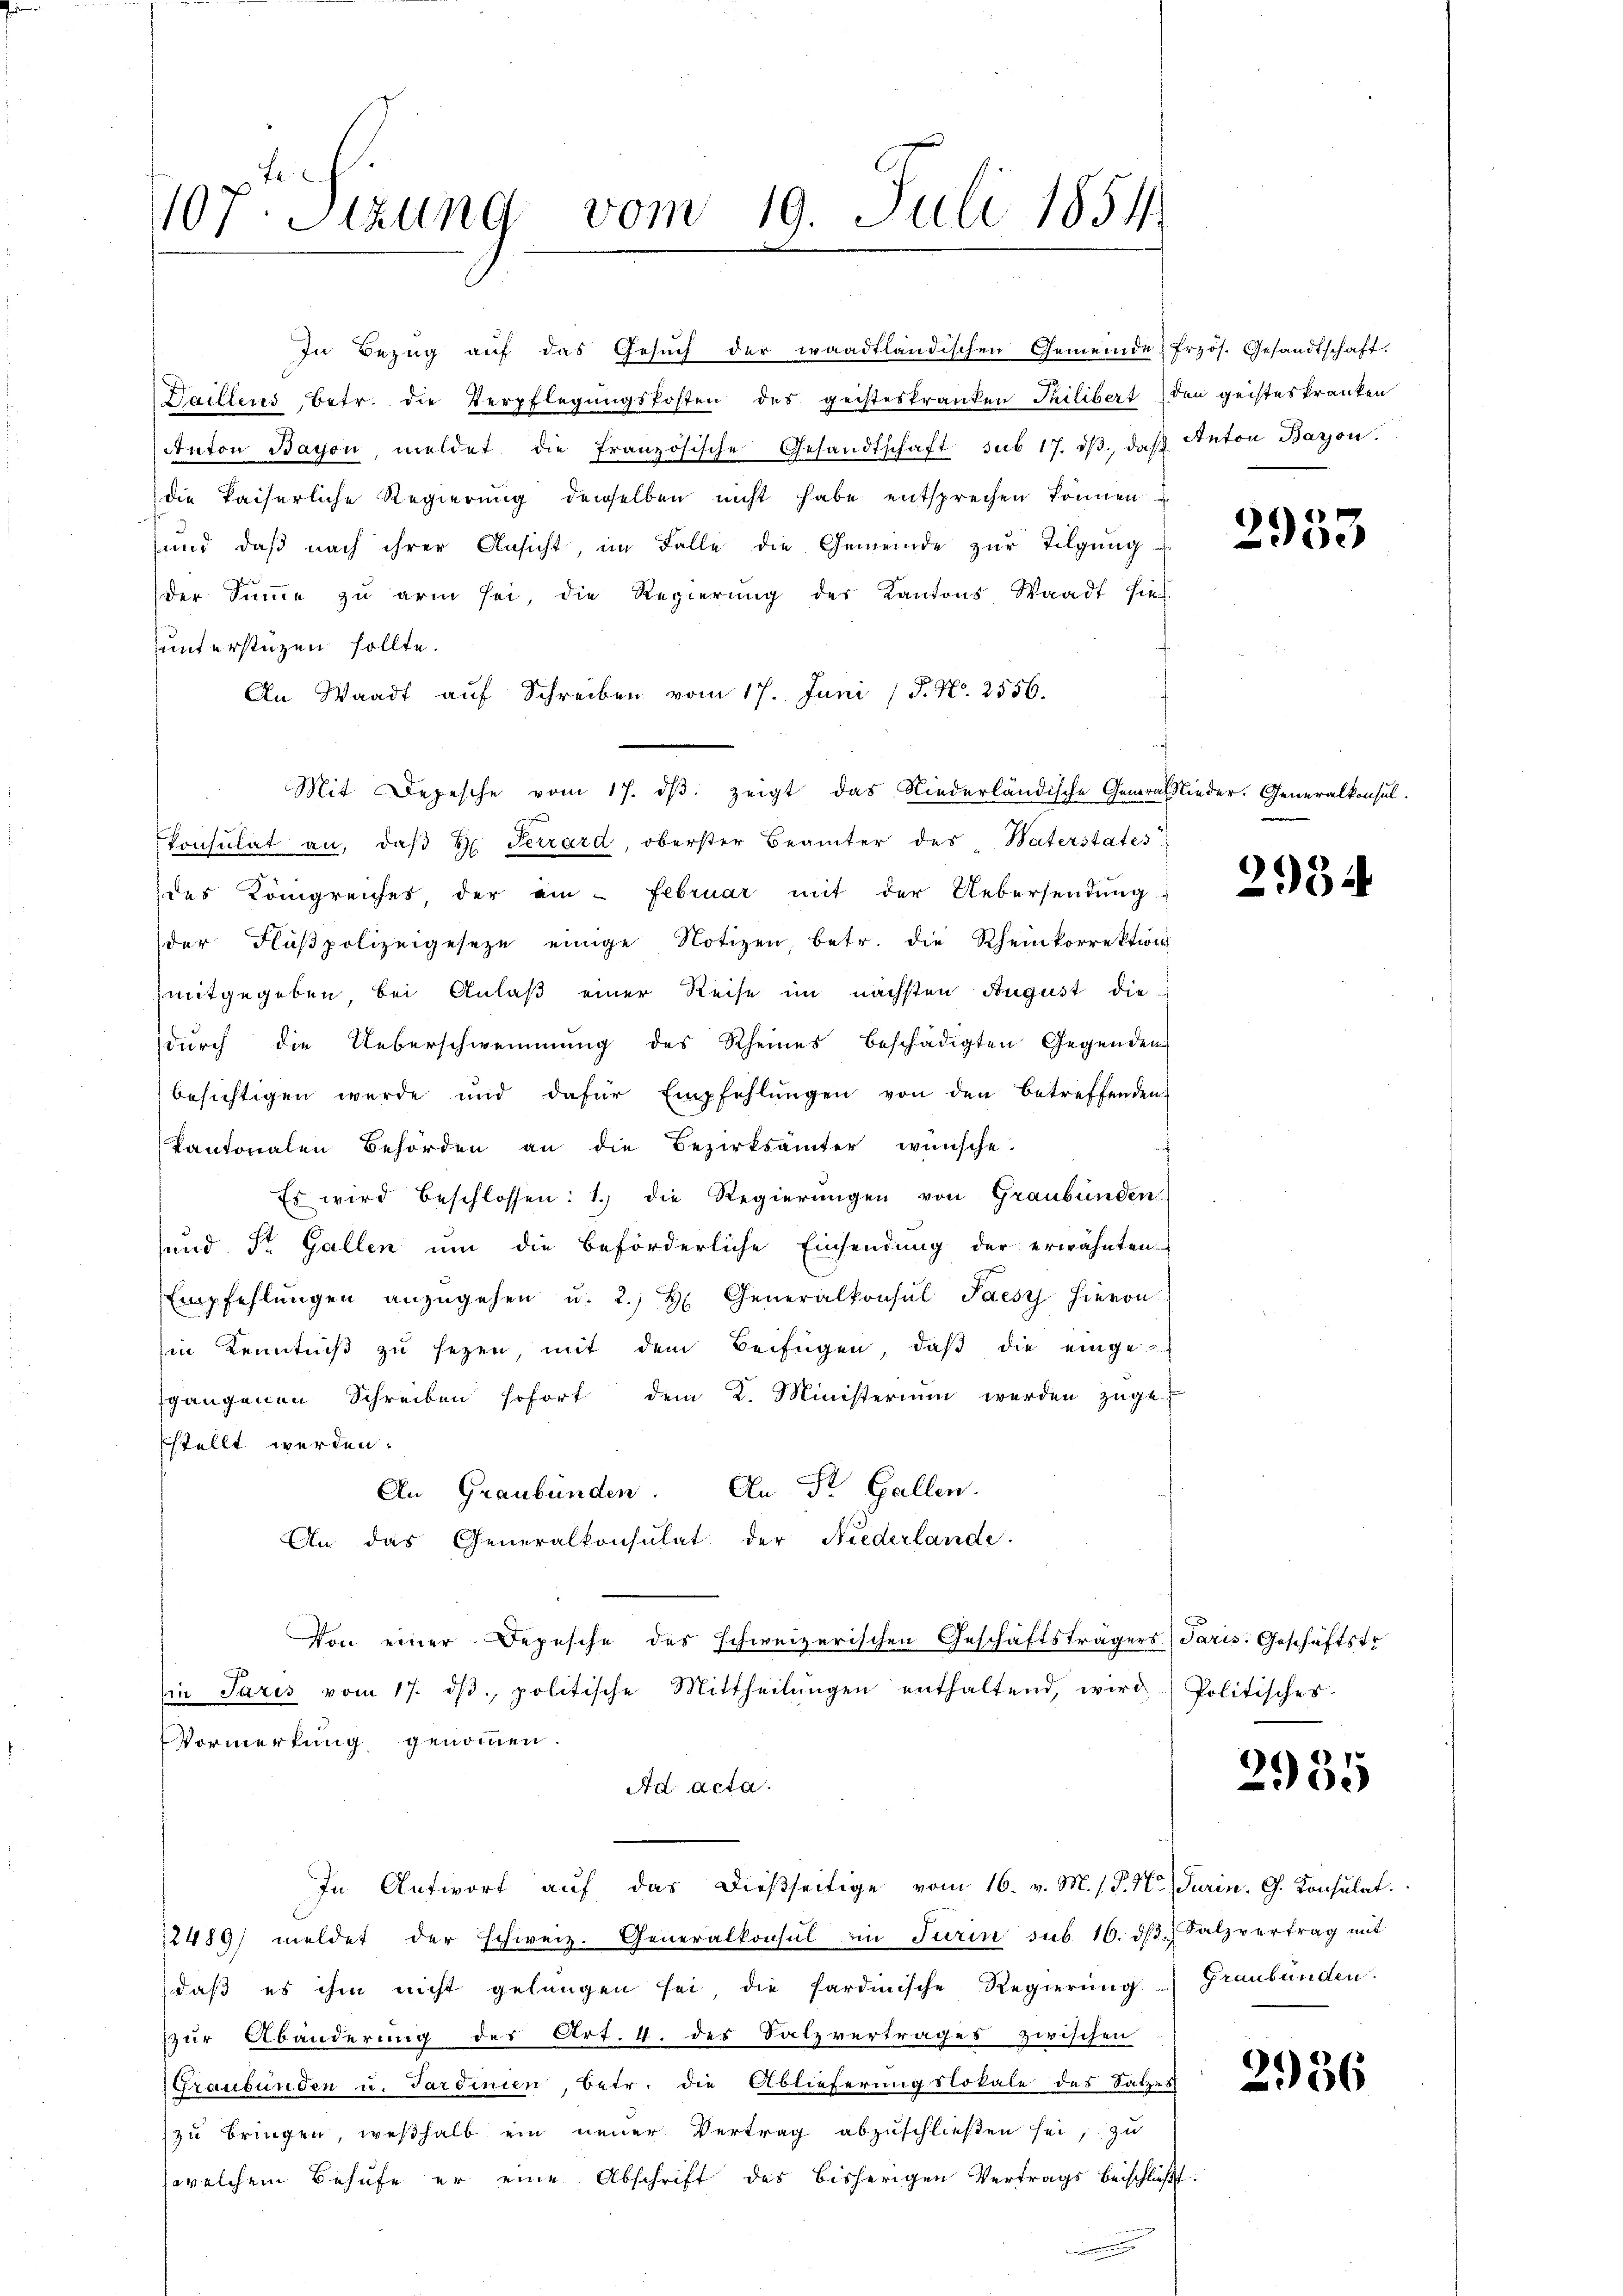
f
10
7. Sizung vom 19. Juli 1854

In Bezŭg aŭf das Gesŭch der waadtländischen Gemeinde, frzös. Gesandtschaft.
Daillens betr. die Verpflegungskosten des geisteskranken Tuilibert, den geisteskranken
Anton Bayon, meldet die französische Gesandtschaft sub 17. dβ. daβ Anton Baron.
die kaiserliche Regierung derselben nicht habe entsprechen können.
und daß nach ihrer Ansicht, im Falle die Gemeinde zur Tilgung
der Summe zu arm sei, die Regierŭng des Kantons Waadt hies
unterstüzen sollte.
An Waadt auf Schreiben vom 17. Juni / P. Nr. 2556.
Mit Depesche vom 17. dβ zeigt das Niederländische General Nieder. Generalkonsul-
konsulat an, daβ H. Terrard, oberster Beamter des Waterstates
des Königreiches, der ain - Februar mit der Uebersendŭng
der Flüβpolizeigeseze einige Notizen, betr. die Rheinkorrektion
mitgegeben, bei Anlaß einer Reise im nächsten August die-
durch die Ueberschwemmung des Rheines beschädigten Gegenden
besichtigen werde und dafür Empfehlŭngen von den betreffenden
Kantonalen Behörden an die Bezirksamter wünsche.
Es wird beschlossen: 1. die Regierŭngen von Graubünden
und Dr. Gallen um die beförderliche Einsendung der erwähnten
Empfehlŭngen anzŭgehen u. 2. H Generalkonsul Paesz hieron
in Kenntniβ zŭ sezen, mit dem Beifügen, daβ die einge
sgangenen Schreiben sofort dem K. Ministerium werden zuge
stellt werden.
An Graubünden. An Dr. Gallen.
An das Generalkonsulat der Niederlande.
Von einer Depesche des schweizerischen Geschäftsträgers Paris. Geschäftstr
in Paris vom 17. dβ. politische Mittheilŭngen enthaltend, wird Politisches
Vormerkung genommen.
Ad acta.
In Antwort auf das dießseitige vom 16. v. M. s. S. Nr. Turin. G. Konsulat
2489) meldet der schweiz. Generalkonsul in Turin sub 16. dβ. Salzvertrag mit
daβ es ihm nicht gelangen sei, die Sardinische Regierŭng ) Graubünden.
zur Abänderung des Art. 4. des Salzvertrages zwischen
Graubünden u. Tardinien, betr. die Ablieferungslokale des Satzes
zu bringen, weßhalb ein neuer Vertrag abzuschließen sei, zu
welchem Behufe er eine Abschrift des bisherigen Vertrags beschließt:

2953

2934

2935

2936